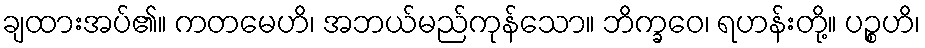
ချထားအပ်၏။ ကတမေဟိ၊ အဘယ်မည်ကုန်သော။ ဘိက္ခဝေ၊ ရဟန်းတို့။ ပဉ္စဟိ၊